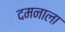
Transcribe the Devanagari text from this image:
दमनाला